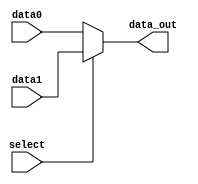
module MUX5(
	//Outputs
	output reg [4:0]data_out,
	//Inputs
	input [4:0]data0,
	input [4:0]data1,
	input select
);
always @(*) begin
	if(select)begin
		data_out <= data1;
	end else begin
		data_out <= data0;
	end
end
	
endmodule